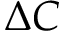
\Delta C